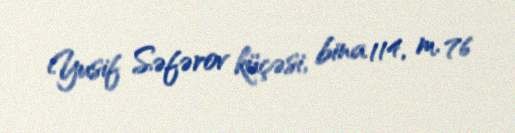
Yusif Səfərov küçəsi, bina 114, m. 76